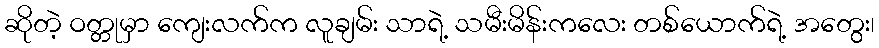
ဆိုတဲ့ ဝတ္တုမှာ ကျေးလက်က လူချမ်း သာရဲ့ သမီးမိန်းကလေး တစ်ယောက်ရဲ့ အတွေး၊